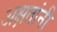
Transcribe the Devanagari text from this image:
अक्षतांनी